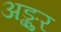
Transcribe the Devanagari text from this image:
अङ्कुर